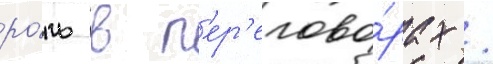
ро́ль в п'ер'егово́рах /